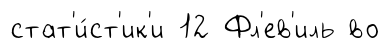
стат'и́ст'ик'и 12 Фл'ев'иль во